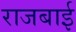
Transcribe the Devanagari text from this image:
राजबाई